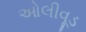
ઓલીવૂડ